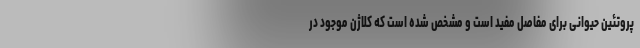
پروتئین حیوانی برای مفاصل مفید است و مشخص شده است که کلاژن موجود در